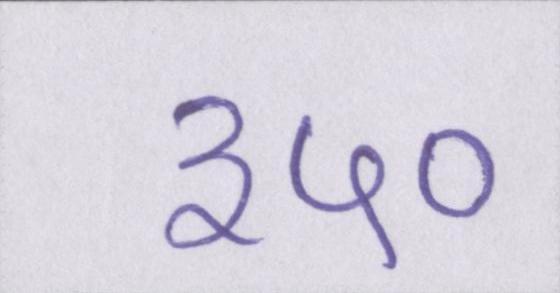
३५०